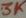
Text: 3K